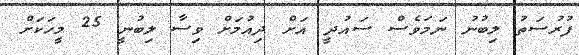
ފުރުސަތު ލިބުނު ނަމަވެސް ސައުދީ އަށް ދިއުމަށް ވިސާ ލިބުނީ 25 މީހަކަށް